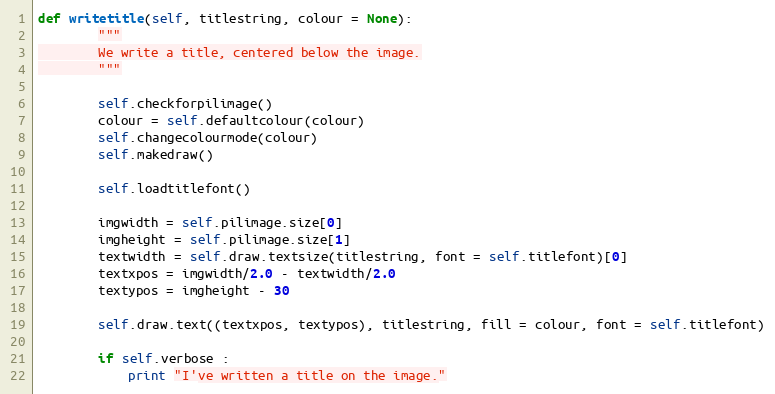
Language: Python
def writetitle(self, titlestring, colour = None):
        """
        We write a title, centered below the image.
        """

        self.checkforpilimage()
        colour = self.defaultcolour(colour)
        self.changecolourmode(colour)
        self.makedraw()

        self.loadtitlefont()

        imgwidth = self.pilimage.size[0]
        imgheight = self.pilimage.size[1]
        textwidth = self.draw.textsize(titlestring, font = self.titlefont)[0]
        textxpos = imgwidth/2.0 - textwidth/2.0
        textypos = imgheight - 30

        self.draw.text((textxpos, textypos), titlestring, fill = colour, font = self.titlefont)

        if self.verbose :
            print "I've written a title on the image."